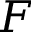
F